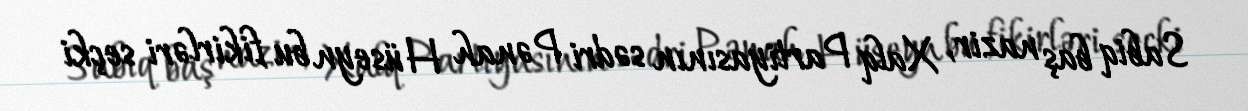
Sabiq baş nazir, Xalq Partiyasının sədri Pənah Hüseyn bu fikirləri seçki